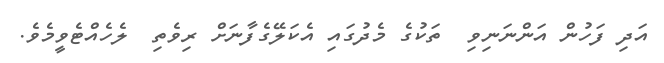
އަދި ފަހުން އަންނަނިވި  ތަކުގެ މެދުގައި އެކަލޭގެފާނަށް ރިވެތި  ލެހެއްޓެވީމެވެ.